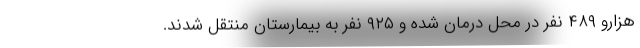
هزارو ۴۸۹ نفر در محل درمان شده و ۹۲۵ نفر به بیمارستان منتقل شدند.